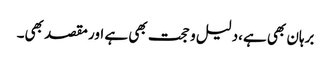
برہان بھی ہے،دلیل و حجت بھی ہے اور مقصد بھی۔